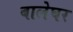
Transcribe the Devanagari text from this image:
बालेघर